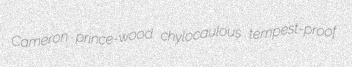
Cameron prince-wood chylocaulous tempest-proof